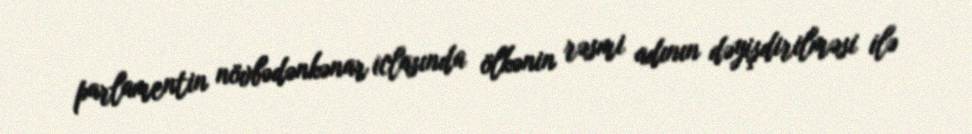
parlamentin növbədənkənar iclasında ölkənin rəsmi adının dəyişdirilməsi ilə